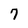
Character: 7